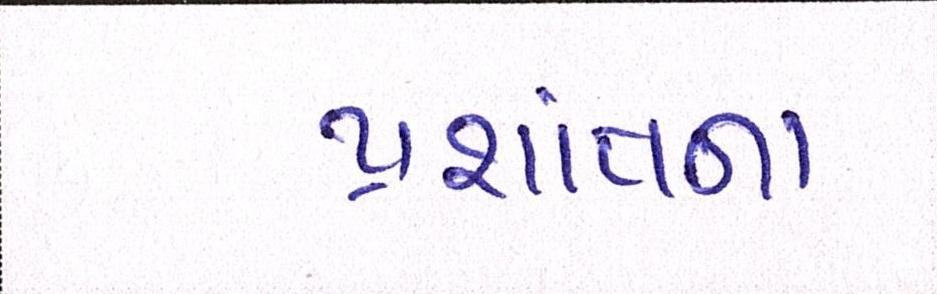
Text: પ્રશાંતના